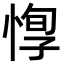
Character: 惸